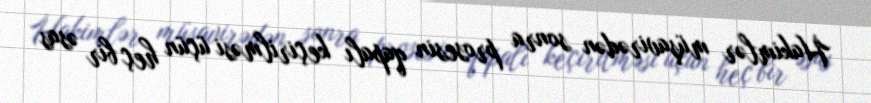
Hakimlər müşavirədən sonra prosesin qapalı keçirilməsi üçün heç bir əsas